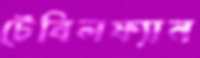
টেবিলফ্যান